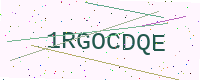
Text: 1RGOCDQE